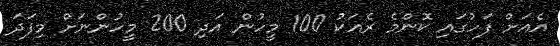
އެއަށް ފަހުގައި ކޮންމެ ރެއަކު 100 މީހުން އަދި 200 މީހުންނަށް މިފަދަ